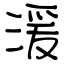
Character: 湲